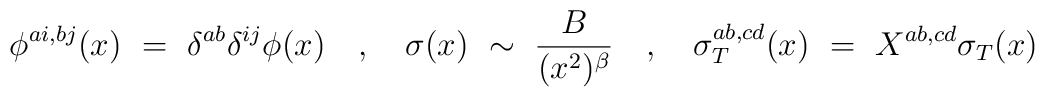
\phi^{ai,bj}(x) ~=~ \delta^{ab} \delta^{ij}\phi(x) ~~~,~~~ \sigma(x) ~ \sim ~ \frac{B}{(x^2)^\beta} ~~~,~~~ \sigma^{ab,cd}_T(x) ~=~ X^{ab,cd} \sigma_T(x)